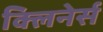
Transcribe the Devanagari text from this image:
क्लिनेर्स